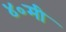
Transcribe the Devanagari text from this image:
४०मी